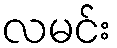
လမင်း